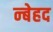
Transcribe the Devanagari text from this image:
न्बेहद